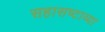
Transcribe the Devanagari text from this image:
सहासष्टाव्या